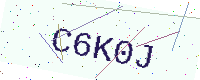
Text: C6K0J